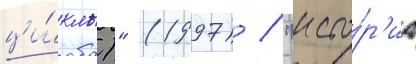
ци́клы)" (1997) / "исто́р'иа